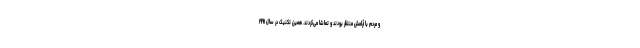
و مردم با آرامش منتظر بودند و تماشا می‌کردند. همین تکنیک در سال ۱۹۹۱